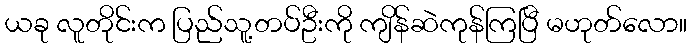
ယခု လူတိုင်းက ပြည်သူ့တပ်ဦးကို ကျိန်ဆဲကုန်ကြပြီ မဟုတ်လော။